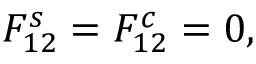
F _ { 1 2 } ^ { s } = F _ { 1 2 } ^ { c } = 0 ,